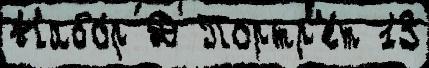
Набо́р Д Портр'е́т 13